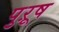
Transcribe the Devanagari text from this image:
पुऱूष